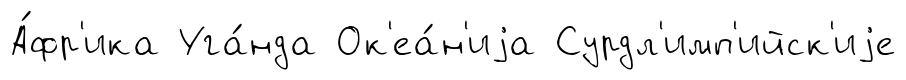
А́фр'ика Уга́нда Ок'еа́н'иjа Сурдл'имп'ийск'иjе